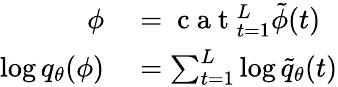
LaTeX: \begin{array}{rl}{\phi}&{{}=\mathrm{~c~a~t~}_{t=1}^{L}\tilde{\phi}(t)}\\ {\log q_{\theta}(\phi)}&{{}=\sum_{t=1}^{L}\log\tilde{q}_{\theta}(t)}\end{array}